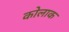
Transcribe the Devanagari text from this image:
कोलाक